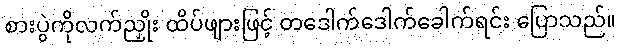
စားပွဲကိုလက်ညှိုး ထိပ်ဖျားဖြင့် တဒေါက်ဒေါက်ခေါက်ရင်း ပြောသည်။